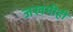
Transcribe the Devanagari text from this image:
जखमीही